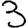
Digit: 3